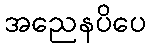
အညေနပိပေ